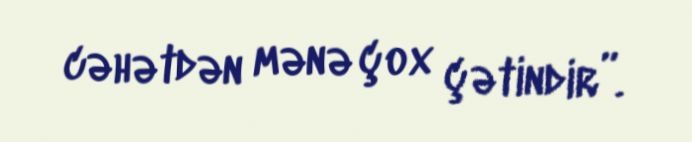
cəhətdən mənə çox çətindir”.